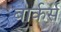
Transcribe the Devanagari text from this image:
बार्कर्स